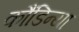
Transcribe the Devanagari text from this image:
कौंडिन्या